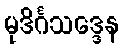
မုဒိင်္ဂသဒ္ဒေန